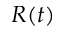
R ( t )